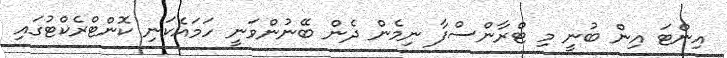
އިންޓަ އިން ބުނީ މި ޓްރާންސްފާ ނިމެން ދެން ބޭނުންވަނީ ހަމައެކަނި ކޮންޓްރެކްޓުގައި